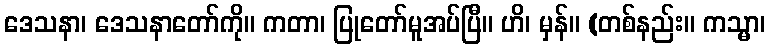
ဒေသနာ၊ ဒေသနာတော်ကို။ ကတာ၊ ပြုတော်မူအပ်ပြီ။ ဟိ၊ မှန်။ (တစ်နည်း။ ကသ္မာ၊